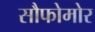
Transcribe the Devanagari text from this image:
सौफोमोर